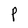
Character: P